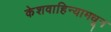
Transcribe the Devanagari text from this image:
केशवाहिन्यामधून